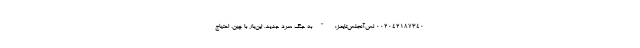
002042187340 لس‌آنجلس‌تایمز: "به جنگ سرد جدید، این‌بار با چین، احتیاج